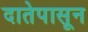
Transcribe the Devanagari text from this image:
दातेपासून